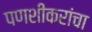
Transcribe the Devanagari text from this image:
पणशीकरांचा